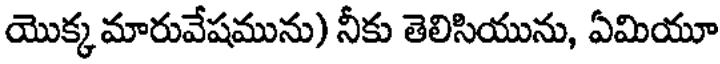
యొక్క మారువేషమును) నీకు తెలిసియును, ఏమియూ